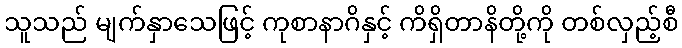
သူသည် မျက်နှာသေဖြင့် ကုစာနာဂိနှင့် ကိရှိတာနိတို့ကို တစ်လှည့်စီ